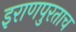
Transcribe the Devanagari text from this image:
इराणपुरताच